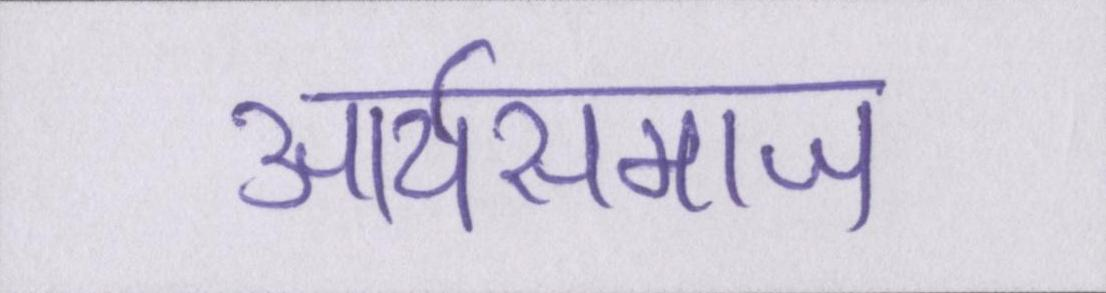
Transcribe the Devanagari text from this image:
आर्यसमाज